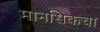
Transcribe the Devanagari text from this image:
मानसिकचा